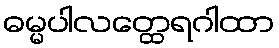
ဓမ္မပါလတ္ထေရဂါထာ